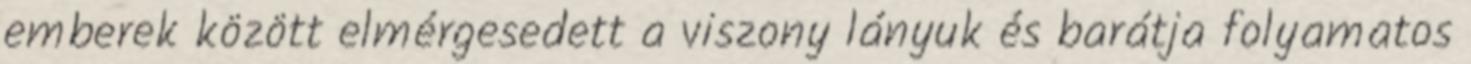
emberek között elmérgesedett a viszony lányuk és barátja folyamatos